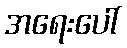
အရေးပေါ်